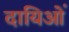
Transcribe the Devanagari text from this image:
दायिओं